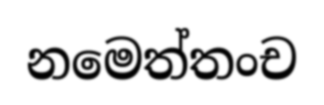
නමෙත්තංච